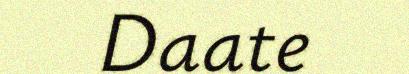
Daate